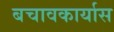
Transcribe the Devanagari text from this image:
बचावकार्यास